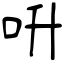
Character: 呏